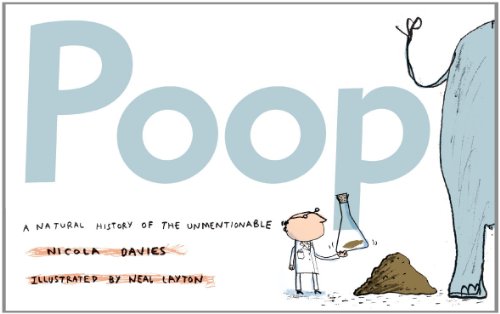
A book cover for Poop: A Natural History of the Unmentionable (Animal Science); Nicola Davies; Children's Books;